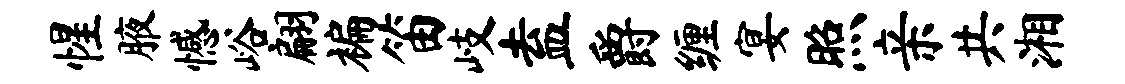
惺腋憾峪翩褊笛岐盍爵缠宴照亲共湘